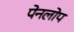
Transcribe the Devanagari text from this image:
पेनलोप